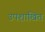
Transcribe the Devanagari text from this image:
उपशाखित